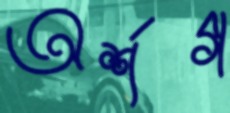
অর্শগ